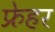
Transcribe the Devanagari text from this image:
फ्रेहर